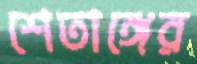
শেতাঙ্গের